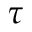
\tau